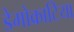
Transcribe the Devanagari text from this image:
डेमोक्राटिया